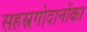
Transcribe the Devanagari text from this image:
सहस्रगोदानोंका